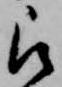
被